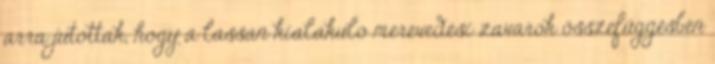
arra jutottak, hogy a lassan kialakuló merevedési zavarok összefüggésben